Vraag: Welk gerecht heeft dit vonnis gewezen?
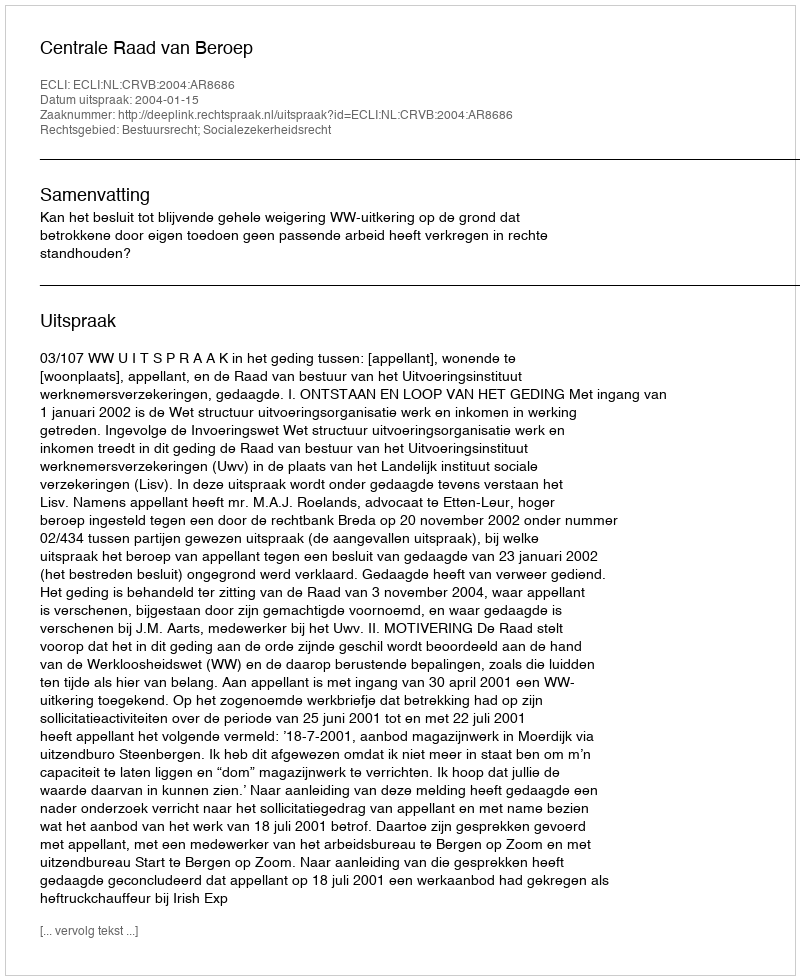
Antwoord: Centrale Raad van Beroep